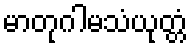
မာတုဂါမသံယုတ္တံ